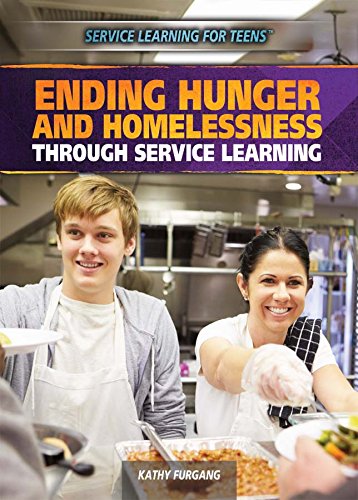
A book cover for Ending Hunger and Homelessness Through Service Learning (Service Learning for Teens); Kathy Furgang; Teen & Young Adult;